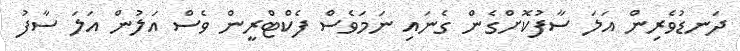
ދަނޑުވެރިން އަލަ ސާފުކޮށްގެން ގެނައި ނަމަވެސް ފެކްޓްރީން ވެސް އަލުން އަލަ ސާފު